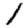
Digit: 1